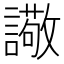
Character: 䜘